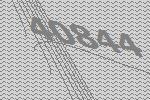
40844